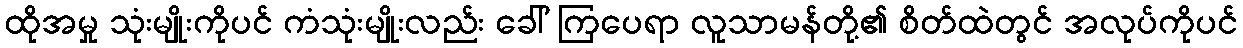
ထိုအမှု သုံးမျိုးကိုပင် ကံသုံးမျိုးလည်း ခေါ် ကြပေရာ လူသာမန်တို့၏ စိတ်ထဲတွင် အလုပ်ကိုပင်